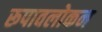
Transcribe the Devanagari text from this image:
रूपावलोकन